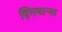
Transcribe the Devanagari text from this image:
दि्सणार्‍या